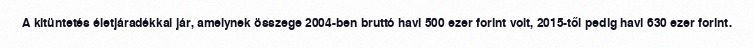
A kitüntetés életjáradékkal jár, amelynek összege 2004-ben bruttó havi 500 ezer forint volt, 2015-től pedig havi 630 ezer forint.